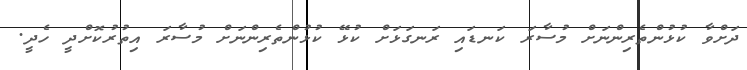
ދަށްވާ ކުޅުންތެރިންނަށް މުސާރަ ކަނޑައި ރަނގަޅަށް ކުޅޭ ކުޅުންތެރިންނަށް މުސާރަ އިތުރުކޮށްދީ ހެދީ.